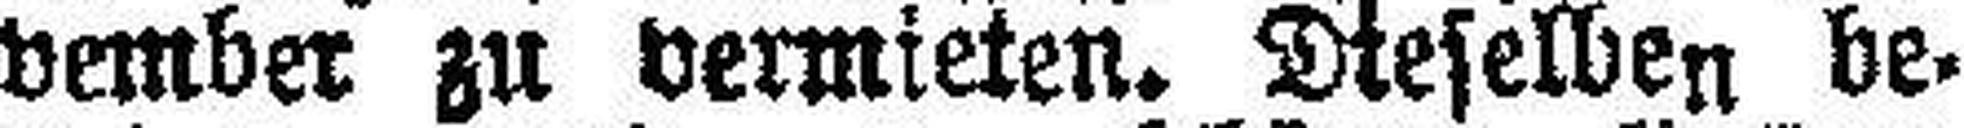
vember zu vermieten. Dieselben be¬